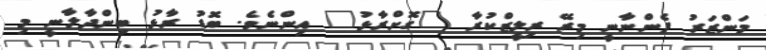
މަންޒަރު ފެންނާނީ މިރޭ ރިލީޒްކުރާ "ގޮށްރާޅު" އިންނެވެ. ބޮޑު ރާޅު ބިންދާލާނީ މި